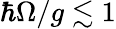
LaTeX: \hbar\Omega/g\lesssim 1